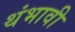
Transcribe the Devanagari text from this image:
थंभावी